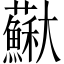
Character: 𡚡